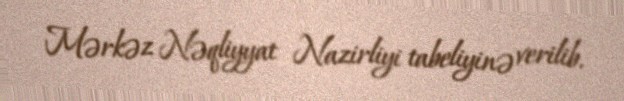
Mərkəz Nəqliyyat Nazirliyi tabeliyinə verilib.